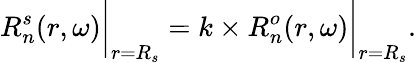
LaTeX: R_{n}^{s}(r,\omega)\bigg|_{r=R_{s}}=k\times R_{n}^{o}(r,\omega)\bigg|_{r=R_{s}}.